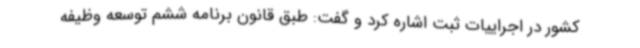
کشور در اجراییات ثبت اشاره کرد و گفت: طبق قانون برنامه ششم توسعه وظیفه